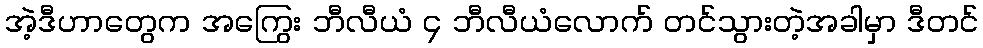
အဲ့ဒီဟာတွေက အကြွေး ဘီလီယံ ၄ ဘီလီယံလောက် တင်သွားတဲ့အခါမှာ ဒီတင်